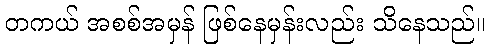
တကယ် အစစ်အမှန် ဖြစ်နေမှန်းလည်း သိနေသည်။